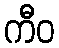
ကီဝ